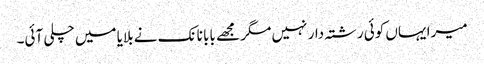
میرا یہاں کوئی رشتہ دار نہیں مگر مجھے بابا نانک نے بلایا میں چلی آئی۔